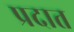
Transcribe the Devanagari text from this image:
प्रदात